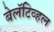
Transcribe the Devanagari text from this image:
बेलॅटिव्हल